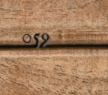
059